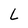
Character: L